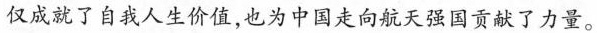
仅成就了自我人生价值，也为中国走向航天强国贡献了力量。